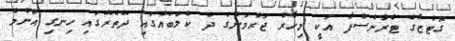
ގޮޓްޒާގެ ޓްރާންސްފާ އަކީ މިހާރު ޖަރުމަނުގެ ދެ ކްލަބެއްގައި ދޭތެރޭގައި ހިނގި އެންމެ